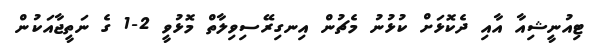
ޓިއުނީޝިއާ އާއި ދެކޮޅަށް ކުޅުނު މެޗުން އިނގިރޭސިވިލާތް މޮޅުވީ 2-1 ގެ ނަތީޖާއަކުން